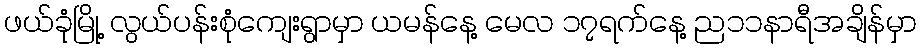
ဖယ်ခုံမြို့ လွယ်ပန်းစုံကျေးရွာမှာ ယမန်နေ့ မေလ ၁၇ရက်နေ့ ည၁၁နာရီအချိန်မှာ